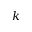
k